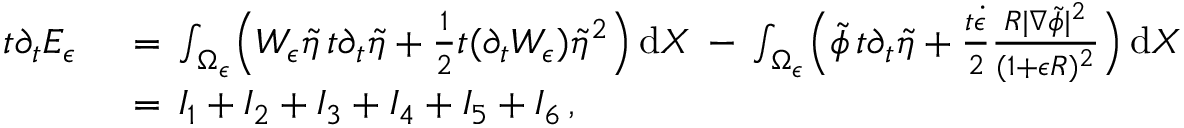
\begin{array} { r l } { t \partial _ { t } E _ { \epsilon } \, } & { { } = \, \int _ { \Omega _ { \epsilon } } \Bigl ( W _ { \epsilon } \tilde { \eta } \, t \partial _ { t } \tilde { \eta } + \frac 1 2 t ( \partial _ { t } W _ { \epsilon } ) \tilde { \eta } ^ { 2 } \Bigr ) \, \mathrm { d } X \, - \, \int _ { \Omega _ { \epsilon } } \Bigl ( \tilde { \phi } \, t \partial _ { t } \tilde { \eta } + \frac { t \dot { \epsilon } } { 2 } \frac { R | \nabla \tilde { \phi } | ^ { 2 } } { ( 1 + \epsilon R ) ^ { 2 } } \Bigr ) \, \mathrm { d } X } \\ { \, } & { { } = \, I _ { 1 } + I _ { 2 } + I _ { 3 } + I _ { 4 } + I _ { 5 } + I _ { 6 } \, , } \end{array}